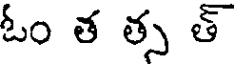
ఓం త త్స త్